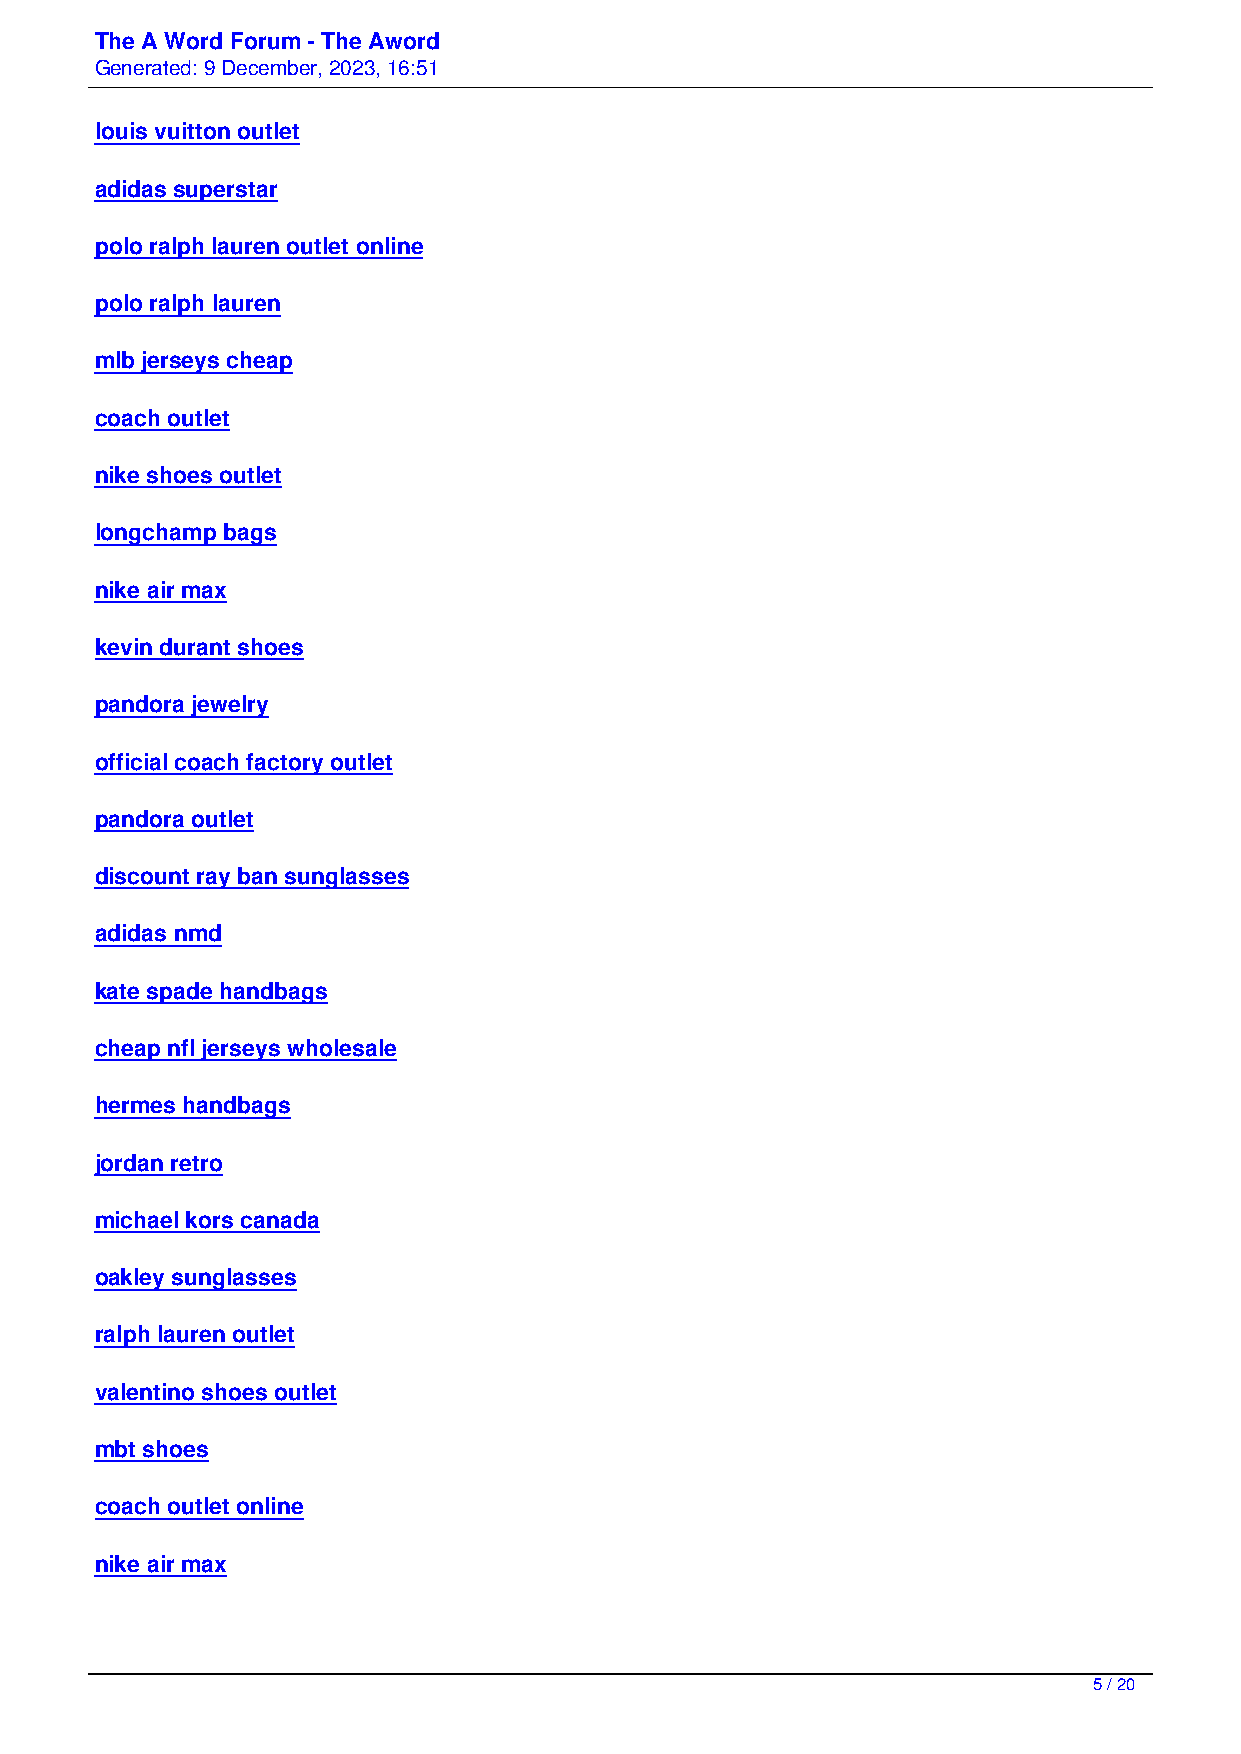
The A Word Forum - The Aword
 Generated: 9 December, 2023, 16:51
 louis vuitton outlet
 adidas superstar
 polo ralph lauren outlet online
 polo ralph lauren
 mlb jerseys cheap
 coach outlet
 nike shoes outlet
 longchamp bags
 nike air max
 kevin durant shoes
 pandora jewelry
 official coach factory outlet
 pandora outlet
 discount ray ban sunglasses
 adidas nmd
 kate spade handbags
 cheap nfl jerseys wholesale
 hermes handbags
 jordan retro
 michael kors canada
 oakley sunglasses
 ralph lauren outlet
 valentino shoes outlet
 mbt shoes
 coach outlet online
 nike air max
 5 / 20